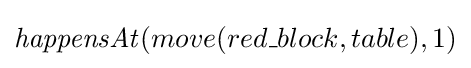
{\mathit {happensAt}}(move(red\_block,table),1)